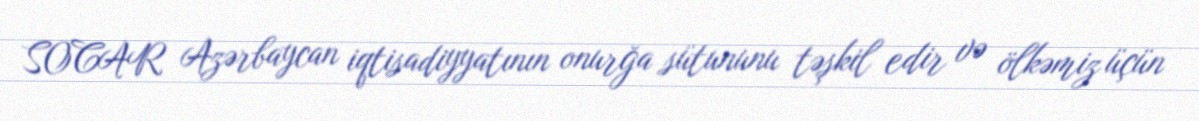
SOCAR Azərbaycan iqtisadiyyatının onurğa sütununu təşkil edir və ölkəmiz üçün